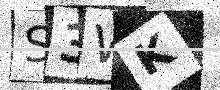
Text: S3WK